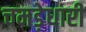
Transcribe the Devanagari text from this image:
चमड़ेधारी